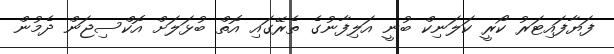
ފަޔާފައިޓަރު ކޯރީ ކަލަނިކް ބުނީ އަލިފާނުގެ ތެރޭގައި އޮތް ބުޅަލަށް އޮކްސިޖަން ދެމުން